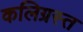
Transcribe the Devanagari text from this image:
कलिग्रस्त